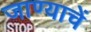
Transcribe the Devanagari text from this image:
जाण्याचें